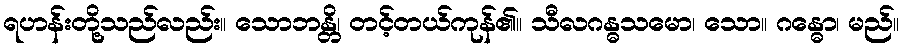
ရဟန်းတို့သည်လည်း။ သောဘန္တိ၊ တင့်တယ်ကုန်၏။ သီလဂန္ဓသမော၊ သော။ ဂန္ဓော၊ မည်။